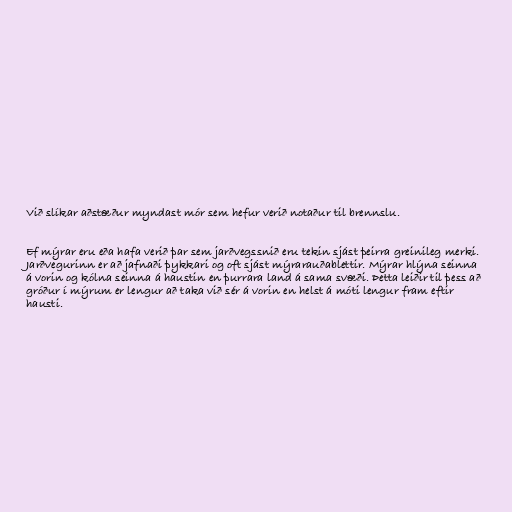
Við slíkar aðstæður myndast mór sem hefur verið notaður til brennslu.

Ef mýrar eru eða hafa verið þar sem jarðvegssnið eru tekin sjást þeirra greinileg merki.
Jarðvegurinn er að jafnaði þykkari og oft sjást mýrarauðablettir. Mýrar hlýna seinna
á vorin og kólna seinna á haustin en þurrara land á sama svæði. Þetta leiðir til þess að
gróður í mýrum er lengur að taka við sér á vorin en helst á móti lengur fram eftir
hausti.